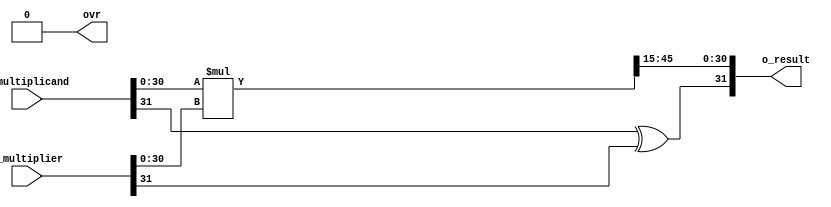
module qmult #(
	//Parameterized values
	parameter Q = 15,
	parameter N = 32
	)
	(
	 input			[N-1:0]	i_multiplicand,
	 input			[N-1:0]	i_multiplier,
	 output			[N-1:0]	o_result,
	 output	reg				ovr
	 );
	 
	
	
	reg [2*N-1:0]	r_result;		
											
	reg [N-1:0]		r_RetVal;
	

	assign o_result = r_RetVal;	
	
	always @(i_multiplicand, i_multiplier)	begin						
		r_result <= i_multiplicand[N-2:0] * i_multiplier[N-2:0];	
																
		ovr <= 1'b0;															
		end
	
		
	always @(r_result) begin													
		r_RetVal[N-1] <= i_multiplicand[N-1] ^ i_multiplier[N-1];	
		r_RetVal[N-2:0] <= r_result[N-2+Q:Q];								
																						
		if (r_result[2*N-2:N-1+Q] > 0)										
			ovr <= 1'b1;
		end

endmodule
module Test_mult;

	// Inputs
	reg [31:0] i_multiplicand;
	reg [31:0] i_multiplier;

	// Outputs
	wire [31:0] o_result;
	wire			ovr;
	
	// Instantiate the Unit Under Test (UUT)
	qmult #(19,32) uut (
		.i_multiplicand(i_multiplicand), 
		.i_multiplier(i_multiplier), 
		.o_result(o_result),
		.ovr(ovr)
	);

	initial begin
		$monitor ("%b,%b,%b,%b", i_multiplicand, i_multiplier, o_result, ovr);		
		
		// Initialize Inputs
 		i_multiplicand = 32'b00000000000110010010000111111011;	//pi = 3.141592
		i_multiplicand[31] = 0;												
		i_multiplier[31] = 0;												
		i_multiplier[30:0] = 0;

		// Wait 100 ns for global reset to finish
		#100;
		#100 i_multiplier[0] = 1;		//	1.91E-6
  	end

	// Add stimulus here
	always begin
		#10 i_multiplier[30:0] = (i_multiplier[30:0] << 1) + 1;		
	end
      
endmodule